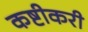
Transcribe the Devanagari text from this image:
कष्टीकरी